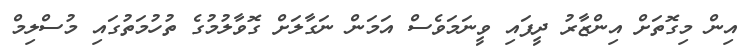
އިން މިގޮތަށް އިންޒާރު ދީފައި ވީނަމަވެސް އަމަން ނަގާލަށް ގޮވާލުމުގެ ތުހުމަތުގައި މުސްލިމް